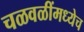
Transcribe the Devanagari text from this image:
चळवळींमध्येच